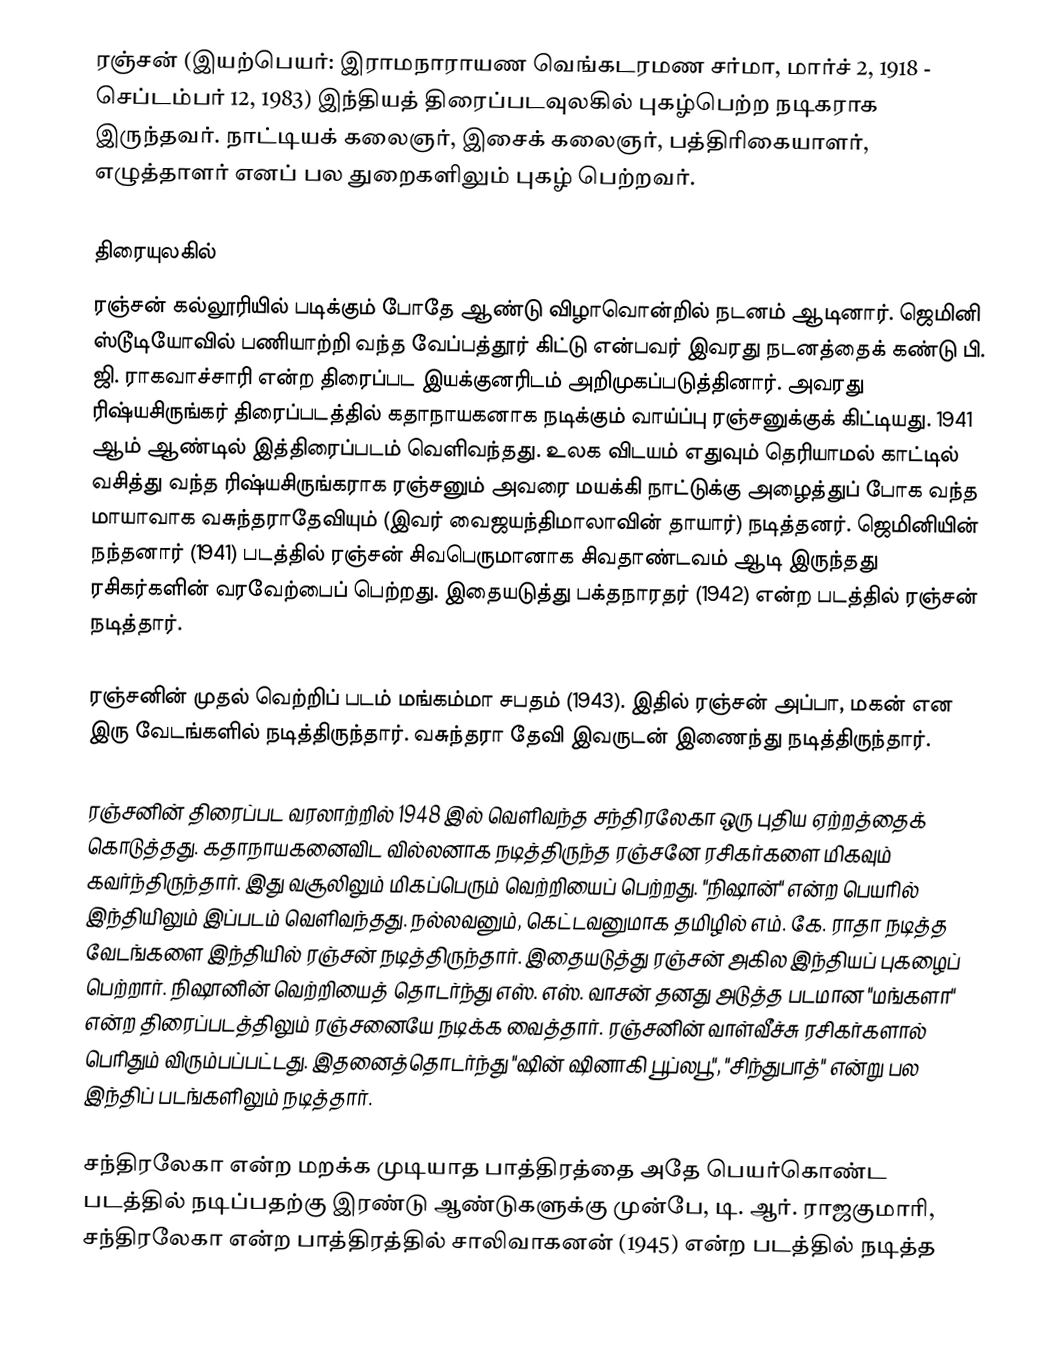
ரஞ்சன் (இயற்பெயர்: இராமநாராயண வெங்கடரமண சர்மா, மார்ச் 2, 1918 - செப்டம்பர் 12, 1983) இந்தியத் திரைப்படவுலகில் புகழ்பெற்ற நடிகராக இருந்தவர். நாட்டியக் கலைஞர், இசைக் கலைஞர், பத்திரிகையாளர், எழுத்தாளர் எனப் பல துறைகளிலும் புகழ் பெற்றவர்.

திரையுலகில்
ரஞ்சன் கல்லூரியில் படிக்கும் போதே ஆண்டு விழாவொன்றில் நடனம் ஆடினார். ஜெமினி ஸ்டூடியோவில் பணியாற்றி வந்த வேப்பத்தூர் கிட்டு என்பவர் இவரது நடனத்தைக் கண்டு பி. ஜி. ராகவாச்சாரி என்ற திரைப்பட இயக்குனரிடம் அறிமுகப்படுத்தினார். அவரது ரிஷ்யசிருங்கர் திரைப்படத்தில் கதாநாயகனாக நடிக்கும் வாய்ப்பு ரஞ்சனுக்குக் கிட்டியது. 1941 ஆம் ஆண்டில் இத்திரைப்படம் வெளிவந்தது. உலக விடயம் எதுவும் தெரியாமல் காட்டில் வசித்து வந்த ரிஷ்யசிருங்கராக ரஞ்சனும் அவரை மயக்கி நாட்டுக்கு அழைத்துப் போக வந்த மாயாவாக வசுந்தராதேவியும் (இவர் வைஜயந்திமாலாவின் தாயார்) நடித்தனர். ஜெமினியின் நந்தனார் (1941) படத்தில் ரஞ்சன் சிவபெருமானாக சிவதாண்டவம் ஆடி இருந்தது ரசிகர்களின் வரவேற்பைப் பெற்றது. இதையடுத்து பக்தநாரதர் (1942) என்ற படத்தில் ரஞ்சன் நடித்தார்.

ரஞ்சனின் முதல் வெற்றிப் படம் மங்கம்மா சபதம் (1943). இதில் ரஞ்சன் அப்பா, மகன் என இரு வேடங்களில் நடித்திருந்தார். வசுந்தரா தேவி இவருடன் இணைந்து நடித்திருந்தார்.

ரஞ்சனின் திரைப்பட வரலாற்றில் 1948 இல் வெளிவந்த சந்திரலேகா ஒரு புதிய ஏற்றத்தைக் கொடுத்தது. கதாநாயகனைவிட வில்லனாக நடித்திருந்த ரஞ்சனே ரசிகர்களை மிகவும் கவர்ந்திருந்தார். இது வசூலிலும் மிகப்பெரும் வெற்றியைப் பெற்றது. "நிஷான்" என்ற பெயரில் இந்தியிலும் இப்படம் வெளிவந்தது. நல்லவனும், கெட்டவனுமாக தமிழில் எம். கே. ராதா நடித்த வேடங்களை இந்தியில் ரஞ்சன் நடித்திருந்தார். இதையடுத்து ரஞ்சன் அகில இந்தியப் புகழைப் பெற்றார். நிஷானின் வெற்றியைத் தொடர்ந்து எஸ். எஸ். வாசன் தனது அடுத்த படமான "மங்களா" என்ற திரைப்படத்திலும் ரஞ்சனையே நடிக்க வைத்தார். ரஞ்சனின் வாள்வீச்சு ரசிகர்களால் பெரிதும் விரும்பப்பட்டது. இதனைத்தொடர்ந்து "ஷின் ஷினாகி பூப்லபூ", "சிந்துபாத்" என்று பல இந்திப் படங்களிலும் நடித்தார்.

சந்திரலேகா என்ற மறக்க முடியாத பாத்திரத்தை அதே பெயர்கொண்ட படத்தில் நடிப்பதற்கு இரண்டு ஆண்டுகளுக்கு முன்பே, டி. ஆர். ராஜகுமாரி, சந்திரலேகா என்ற பாத்திரத்தில் சாலிவாகனன் (1945) என்ற படத்தில் நடித்த